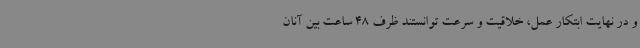
و در نهایت ابتکار عمل، خلاقیت و سرعت توانستند ظرف 48 ساعت بین آنان